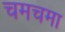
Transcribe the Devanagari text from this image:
चमचमा